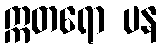
ဣတရော ပန